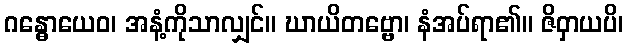
ဂန္ဓောယေဝ၊ အနံ့ကိုသာလျှင်။ ဃာယိတဗ္ဗော၊ နံအပ်ရာ၏။ ဇိဝှာယပိ၊